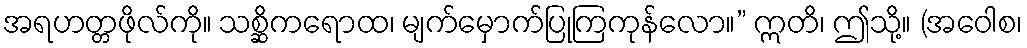
အရဟတ္တဖိုလ်ကို။ သစ္ဆိကရောထ၊ မျက်မှောက်ပြုကြကုန်လော။” ဣတိ၊ ဤသို့။ (အဝေါစ၊